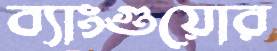
ব্যাংগুয়োর